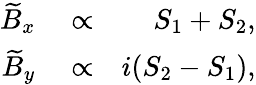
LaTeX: \begin{array}{rlr}{\widetilde{B}_{x}}&{{}\propto}&{S_{1}+S_{2},}\\ {\widetilde{B}_{y}}&{{}\propto}&{i(S_{2}-S_{1}),}\end{array}